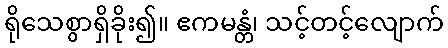
ရိုသေစွာရှိခိုး၍။ ဧကမန္တံ၊ သင့်တင့်လျောက်